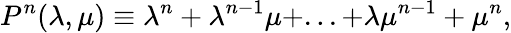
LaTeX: P^{n}(\lambda,\mu)\equiv\lambda^{n}+\lambda^{n-1}\mu+...+\lambda\mu^{n-1}+\mu^{n},